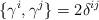
LaTeX: \begin{align*}\{\gamma ^{i},\gamma ^{j}\}=2\delta ^{ij}\end{align*}